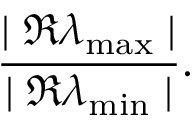
\frac { \mid { \Re \lambda _ { \operatorname* { m a x } } \mid } } { \mid { \Re \lambda _ { \operatorname* { m i n } } \mid } } .